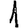
Digit: 1